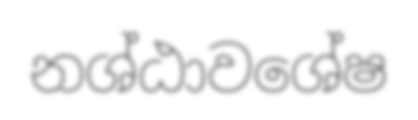
නශ්ඨාවශේෂ